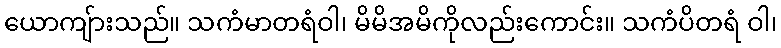
ယောကျ်ားသည်။ သကံမာတရံဝါ၊ မိမိအမိကိုလည်းကောင်း။ သကံပိတရံ ဝါ၊